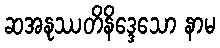
ဆအနုဿတိနိဒ္ဒေသော နာမ